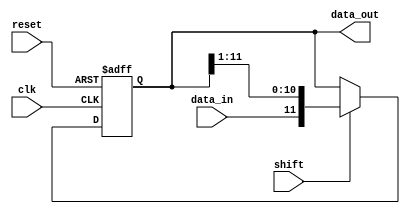
`timescale 1ns / 1ps
//////////////////////////////////////////////////////////////////////////////////
// Company: 
// Engineer: 
// 
// Design Name: 
// Module Name:    lb_shiftreg_rx 
// Project Name: 
// Target Devices: 
// Tool versions: 
// Description: 
//
// Dependencies: 
//
// Revision: 
// Revision 0.01 - File Created
// Additional Comments: 
//
//////////////////////////////////////////////////////////////////////////////////
module lb_shiftreg_rx(
    input clk,
    input reset,
    input data_in,
    input shift,
    output reg [11:0] data_out
    );
	
	always @ (posedge clk, negedge reset)
	
		if(!reset)
			data_out <= 0;
		else if(shift)
			data_out <= {data_in, data_out[11:1]};
	

endmodule